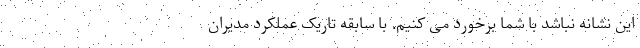
این نشانه نباشد با شما برخورد می کنیم. با سابقه تاریک عملکرد مدیران